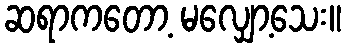
ဆရာကတော့ မလျှော့သေး။